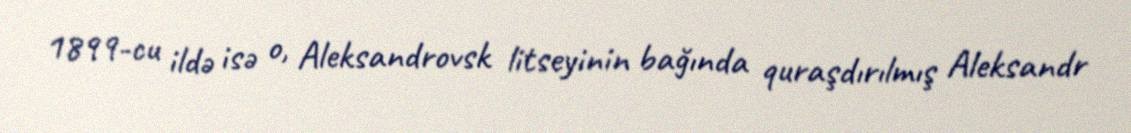
1899-cu ildə isə o, Aleksandrovsk litseyinin bağında quraşdırılmış Aleksandr